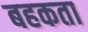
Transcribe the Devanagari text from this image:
बहकता